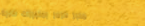
مخبز الزهر بمخبوزات طازجة